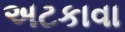
અટકાવા